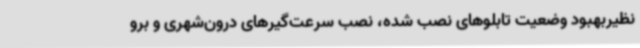
نظیربهبود وضعیت تابلوهای نصب شده، نصب سرعت‌گیرهای درون‌شهری و برو